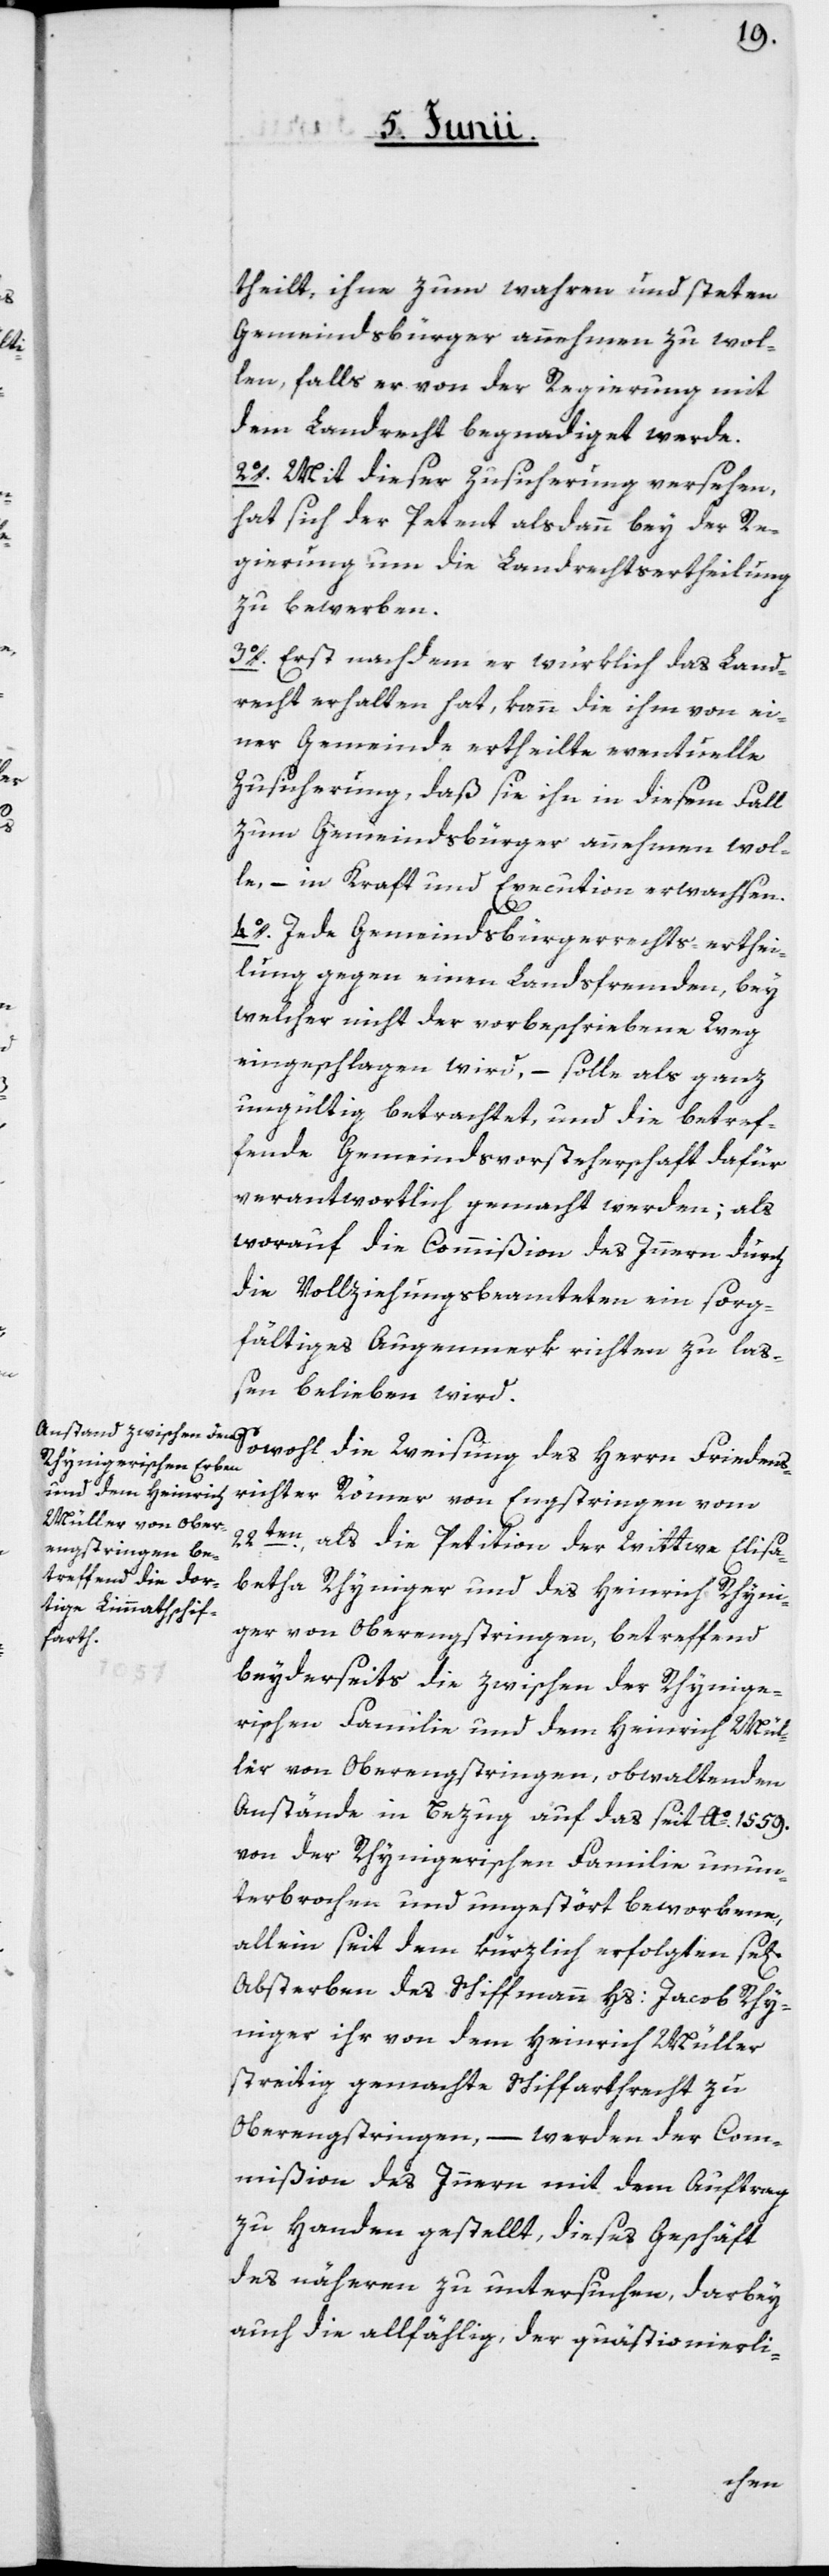
theilt, ihm zum wahren und steten
Gemeindsbürger annehmen zu wol¬
len, falls er von der Regierung mit
dem Landrecht begnadiget werde.
2o. Mit dieser Zusicherung versehen,
hat sich der Petent alsdann bey der Re¬
gierung um die Landrechtsertheilung
zu bewerben.
3o. Erst nachdem er würklich das Land¬
recht erhalten hat, kann die ihm von ei¬
ner Gemeinde ertheilte eventuelle
Zusicherung, daß sie ihn in diesem Fall
zum Gemeindsbürger annehmen wol¬
le, – in Kraft und Execution erwachsen.
gen]
4o. Jede Gemeindsbürgerrechts-erthei¬
welcher nicht der vorgeschriebene Weg
eingeschlagen wird, – solle als ganz
ungültig betrachtet, und die betref¬
fende Gemeindsvorsteherschaft dafür
verantwortlich gemacht werden; als
worauf die Commißion des Innern durch
die Vollziehungsbeamteten ein sorg¬
fältiges Augenmerk richten zu laß¬
en belieben wird.
Sowohl die Weisung des Herrn Friedens¬
richter Römer von Engstringen vom
22ten, als die Petition der Wittwe Elisa¬
betha Rhyniger und des Heinrich Rhyni¬
ger von Oberengstringen, betreffend
beyderseits die zwischen der Rhynige¬
rischen Familie und dem Heinrich Mül¬
ler von Oberengstringen, obwaltenden
Anstände in Bezug auf das seit Ao 1559.
von der Rhynigerischen Familie unun¬
terbrochen und ungestört beworbene,
allein seit dem kürzlich erfolgten se[li¬
Absterben des Schiffmanns Hs: Jacob Rhy¬
niger ihr von dem Heinrich Müller
streitig gemachte Schiffarthsrecht zu
Oberengstringen, – werden der Com¬
mißion des Innern mit dem Auftrag
zu Handen gestellt, dieses Geschäft
des nähern zu untersuchen, darbey
auch die allfählig, der quästionierli-